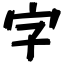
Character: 字